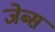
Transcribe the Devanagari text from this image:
जेब्स